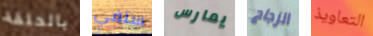
بالحلقة ستفي يمارس الزجاج التعاويذ